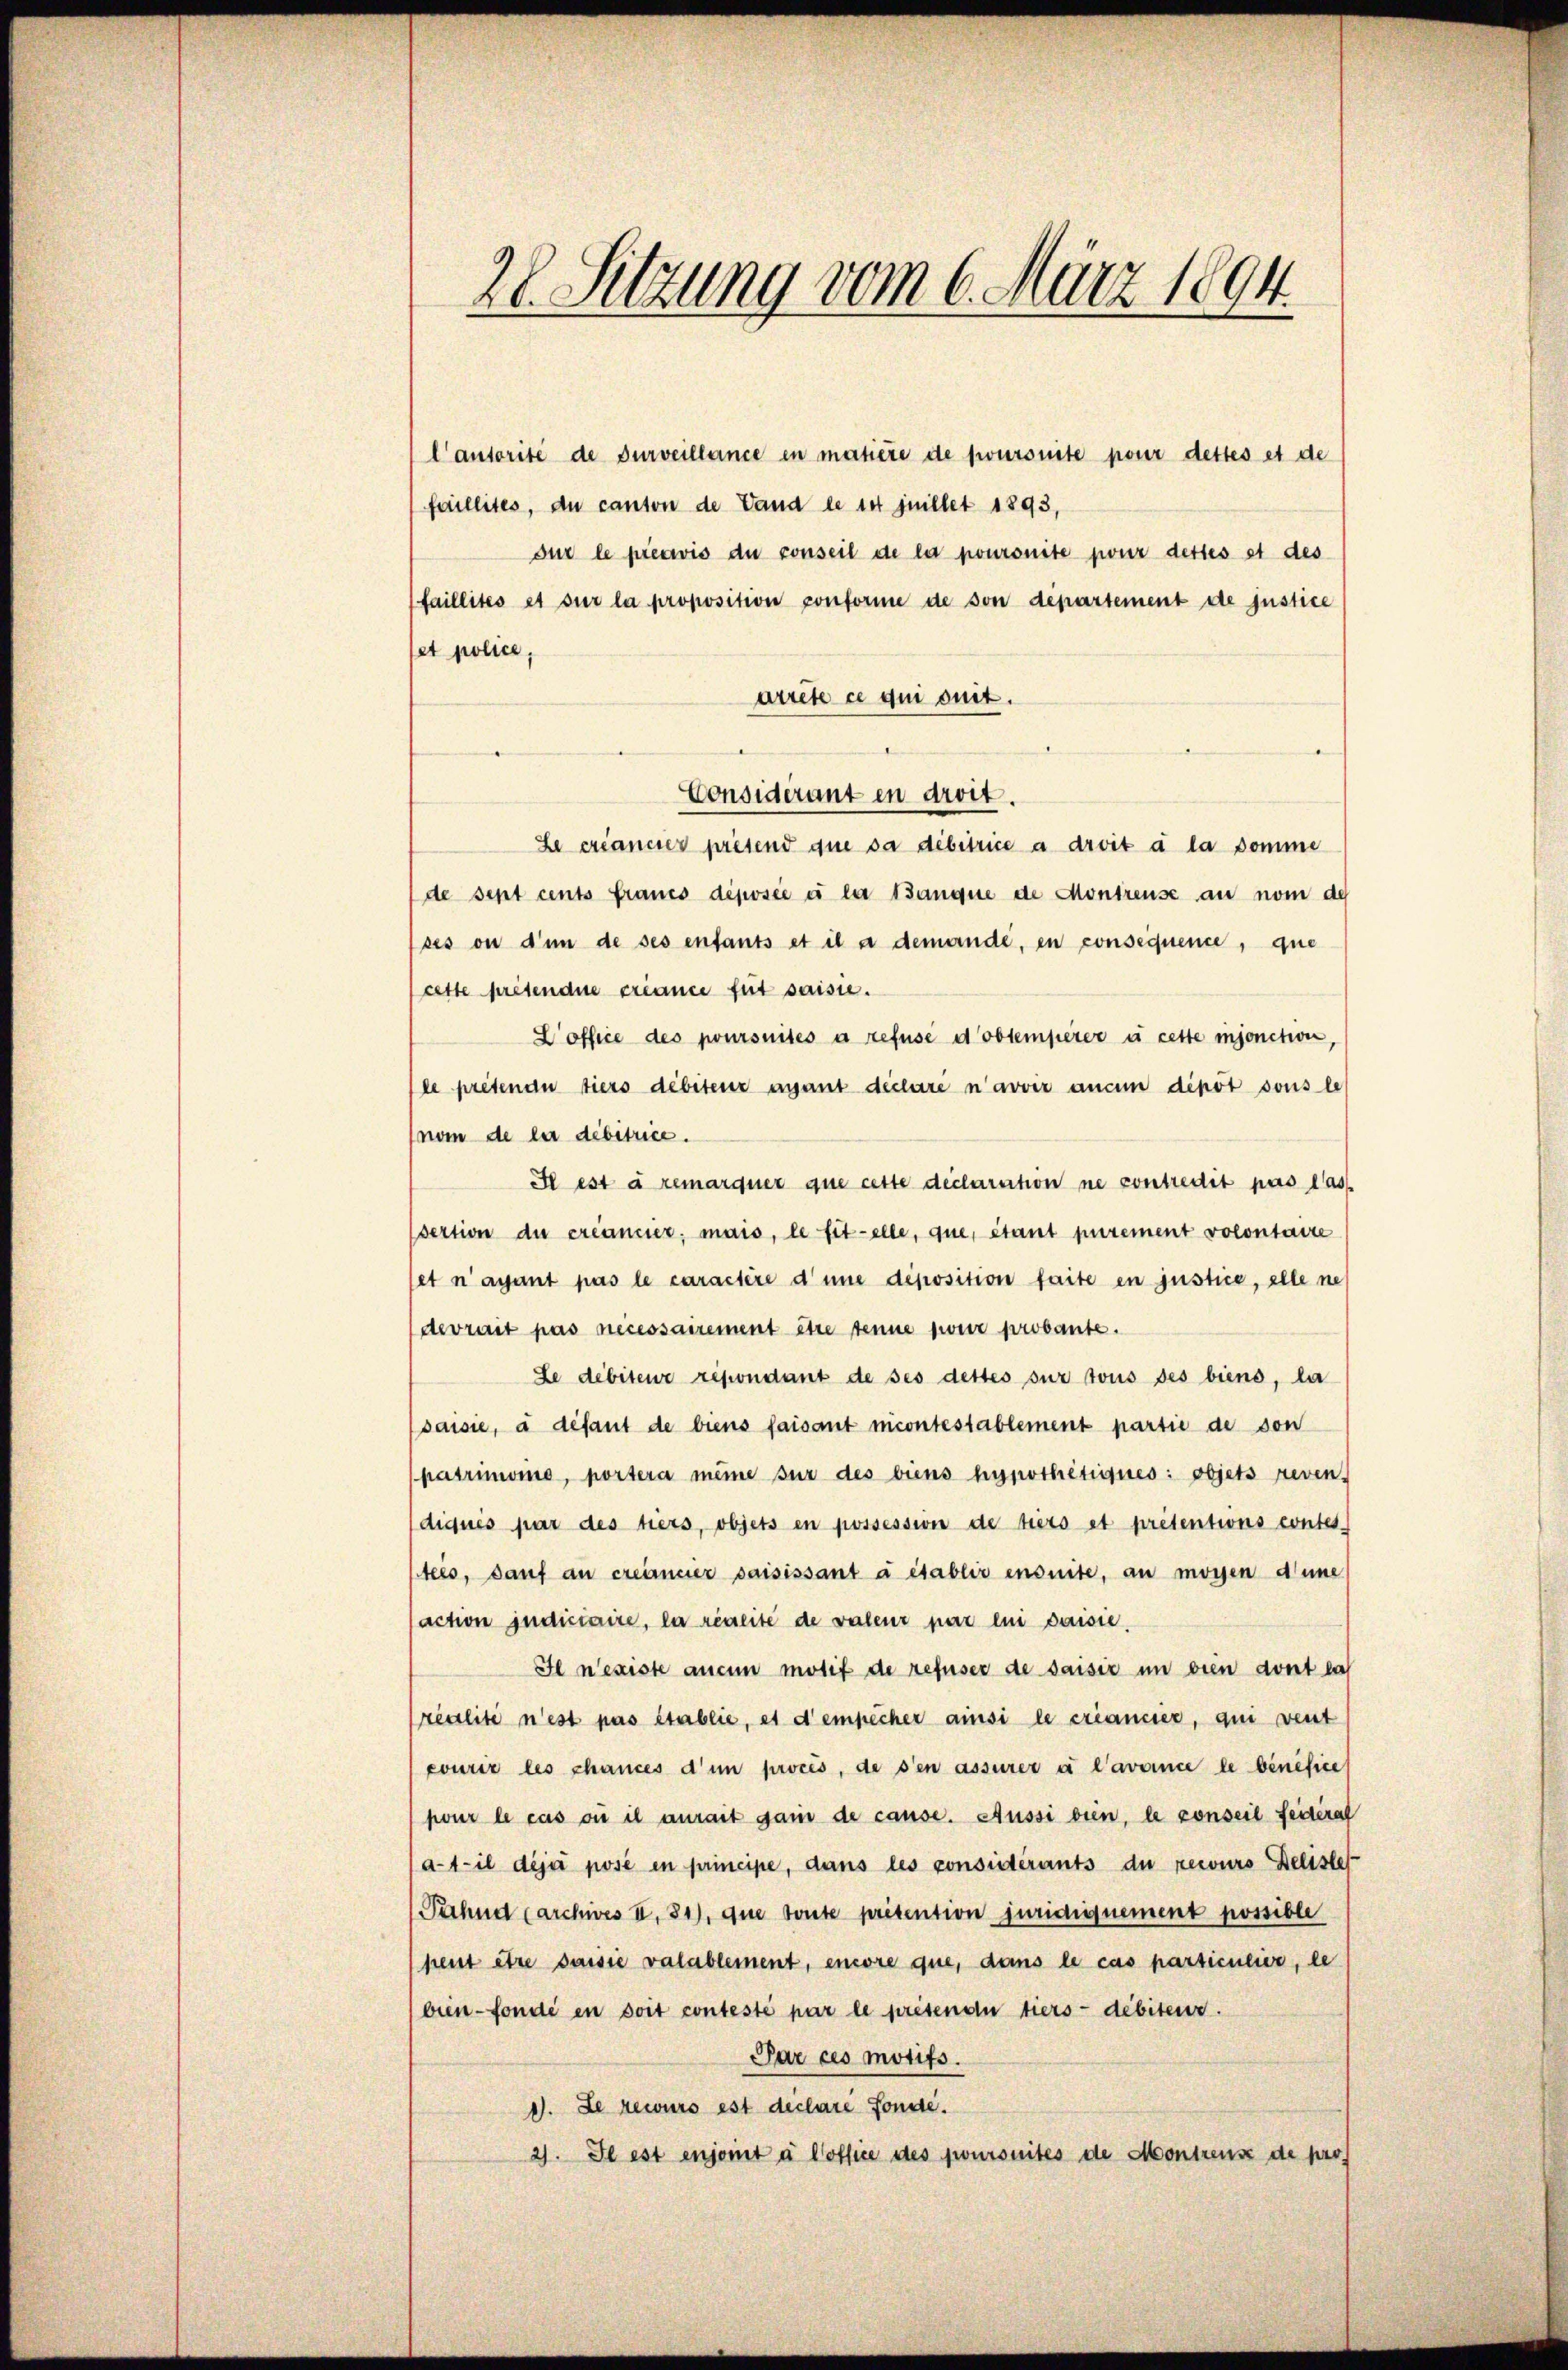
28. Setzung vom 6. März 1894.

lautorité de surveillance in matière de fursuite pour dettes et de
faillites, du canton de Vand le 14 juillet 1893,
sur le préavis du conseil de la poursuite pour dettes et des
faillités et sur la proposition conforme de son departement de justice
let police,
arrete ce qui suit.
Considérant in droit.
Le créancier presend que sa débitrice a droit à la somme
de sent cents fraues déposée à la tanque de Montreuse au nom de
ses ou d’un de ses enfants et il a demande, en consequence, que
cette presendue créance fut saisie.
Coffice des poursuités à refuse d’obtemperer u cette injonction
le prétenau tiers débiteur unant déclare n’avoir aucun dipot sous le
nom de la debitrice.
Se est à remarquer que cette declaration ne contredit pas las
sertion du créancier; mais, le titelle, que, étant purement volontaire
et n’ayant pas le caractère d’une déposition faite en justice, elle ne
devrait pas necessairement être tenne zweir probante.
Le débiteur répondant de ses dettes sur tous des biens, la
saisie, à défaut de biens faisant nicontestablement partie de von
patrimone, portera meine sur des biens hypothetiques: objets reven
diqués par des tiers, objets en possession de tiers et prétentions contes
teés, sauf an creireier saisissant à établis ensuite, au moyen anne
action indiciaire, la reseite de valeur par lui saisie,
Il n’existe aucun motif de refuser de saisiz in dien dont la
realité n’est pas établie, es d’empêcher ainsi le créancier, qui veut
courir les chances d’un procés, de sen assurer à l’avance le bénéfice
pour le cas où il aurait gain de cause. Aussi bien, le conseil feiterat
at- il dija posé en principe, dans les considérants du recours Deliste
Pehnd (archives II., 81), que toute prétention juridiquement possible
hreut être saisie valablement, encore que, dans le cas particulier, le
bien fonde en soit contesté par le presendu tiers- debiteur.
Par ces motifs.
1. Le recurs est declare Fonde.
21. Se est enjont à Coffice des joursuites de Montreuse de pro